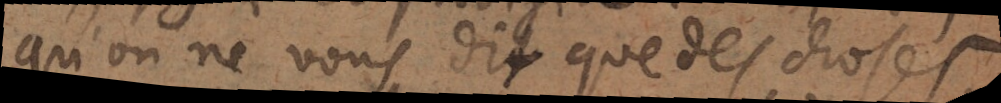
qu’on ne vous dit que des choses